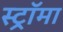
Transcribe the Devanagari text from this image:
स्ट्राॅमा